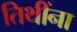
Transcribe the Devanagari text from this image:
तिथींना